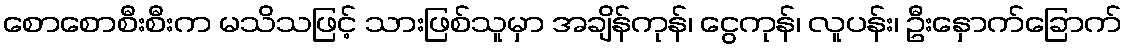
စောစောစီးစီးက မသိသဖြင့် သားဖြစ်သူမှာ အချိန်ကုန်၊ ငွေကုန်၊ လူပန်း၊ ဦးနှောက်ခြောက်